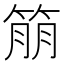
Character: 𬕔